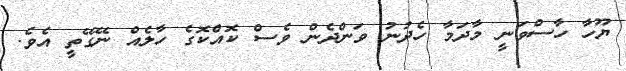
ޔޫހާ ހާސްވަނީ މާދަމާ ހެދުނު ވަންދެން ވެސް ކޮއްކޮގެ ހާލެއް ނޭގޭތީ އެވެ.